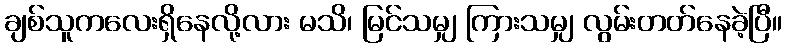
ချစ်သူကလေးရှိနေလို့လား မသိ၊ မြင်သမျှ ကြားသမျှ လွမ်းတတ်နေခဲ့ပြီ။